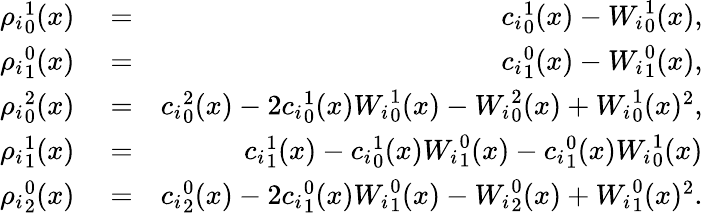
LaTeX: \begin{array}{rlr}{{\rho_{i}}_{0}^{1}(x)}&{{}=}&{{c_{i}}_{0}^{1}(x)-{W_{i}}_{0}^{1}(x),}\\ {{\rho_{i}}_{1}^{0}(x)}&{{}=}&{{c_{i}}_{1}^{0}(x)-{W_{i}}_{1}^{0}(x),}\\ {{\rho_{i}}_{0}^{2}(x)}&{{}=}&{{c_{i}}_{0}^{2}(x)-2{c_{i}}_{0}^{1}(x){W_{i}}_{0}^{1}(x)-{W_{i}}_{0}^{2}(x)+{W_{i}}_{0}^{1}(x)^{2},}\\ {{\rho_{i}}_{1}^{1}(x)}&{{}=}&{{c_{i}}_{1}^{1}(x)-{c_{i}}_{0}^{1}(x){W_{i}}_{1}^{0}(x)-{c_{i}}_{1}^{0}(x){W_{i}}_{0}^{1}(x)}\\ {{\rho_{i}}_{2}^{0}(x)}&{{}=}&{{c_{i}}_{2}^{0}(x)-2{c_{i}}_{1}^{0}(x){W_{i}}_{1}^{0}(x)-{W_{i}}_{2}^{0}(x)+{W_{i}}_{1}^{0}(x)^{2}.}\end{array}